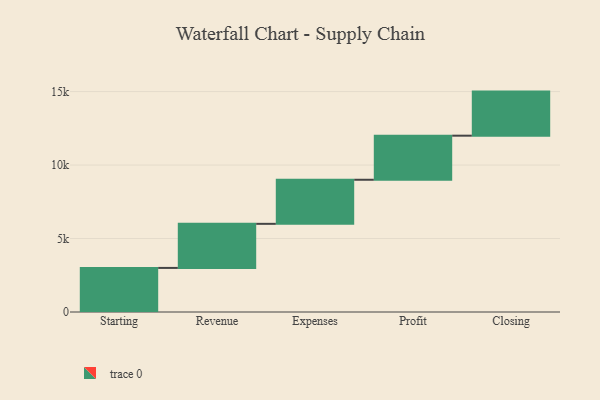
{"axis": {"x": "Step", "y": "Value"}, "legend": [""], "data": [{"x": "Starting", "y": 3000, "type": ""}, {"x": "Revenue", "y": 3000, "type": ""}, {"x": "Expenses", "y": 3000, "type": ""}, {"x": "Profit", "y": 3000, "type": ""}, {"x": "Closing", "y": 3000, "type": ""}]}